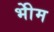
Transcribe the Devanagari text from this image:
भीेम